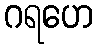
ဂရဟေ